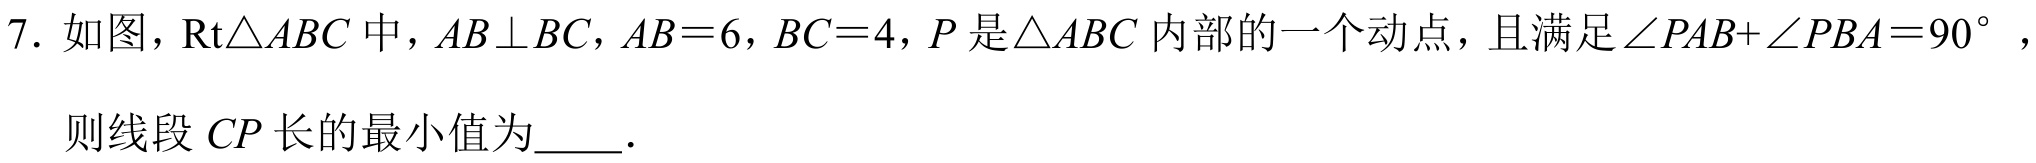
7. 如图，\(Rt\triangle ABC\)中，\(AB\perp BC\)，\(AB = 6\)，\(BC = 4\)，\(P\)是\(\triangle ABC\)内部的一个动点，且满足\(\angle PAB+\angle PBA = 90^{\circ}\)，
则线段 \(CP\)长的最小值为_____.